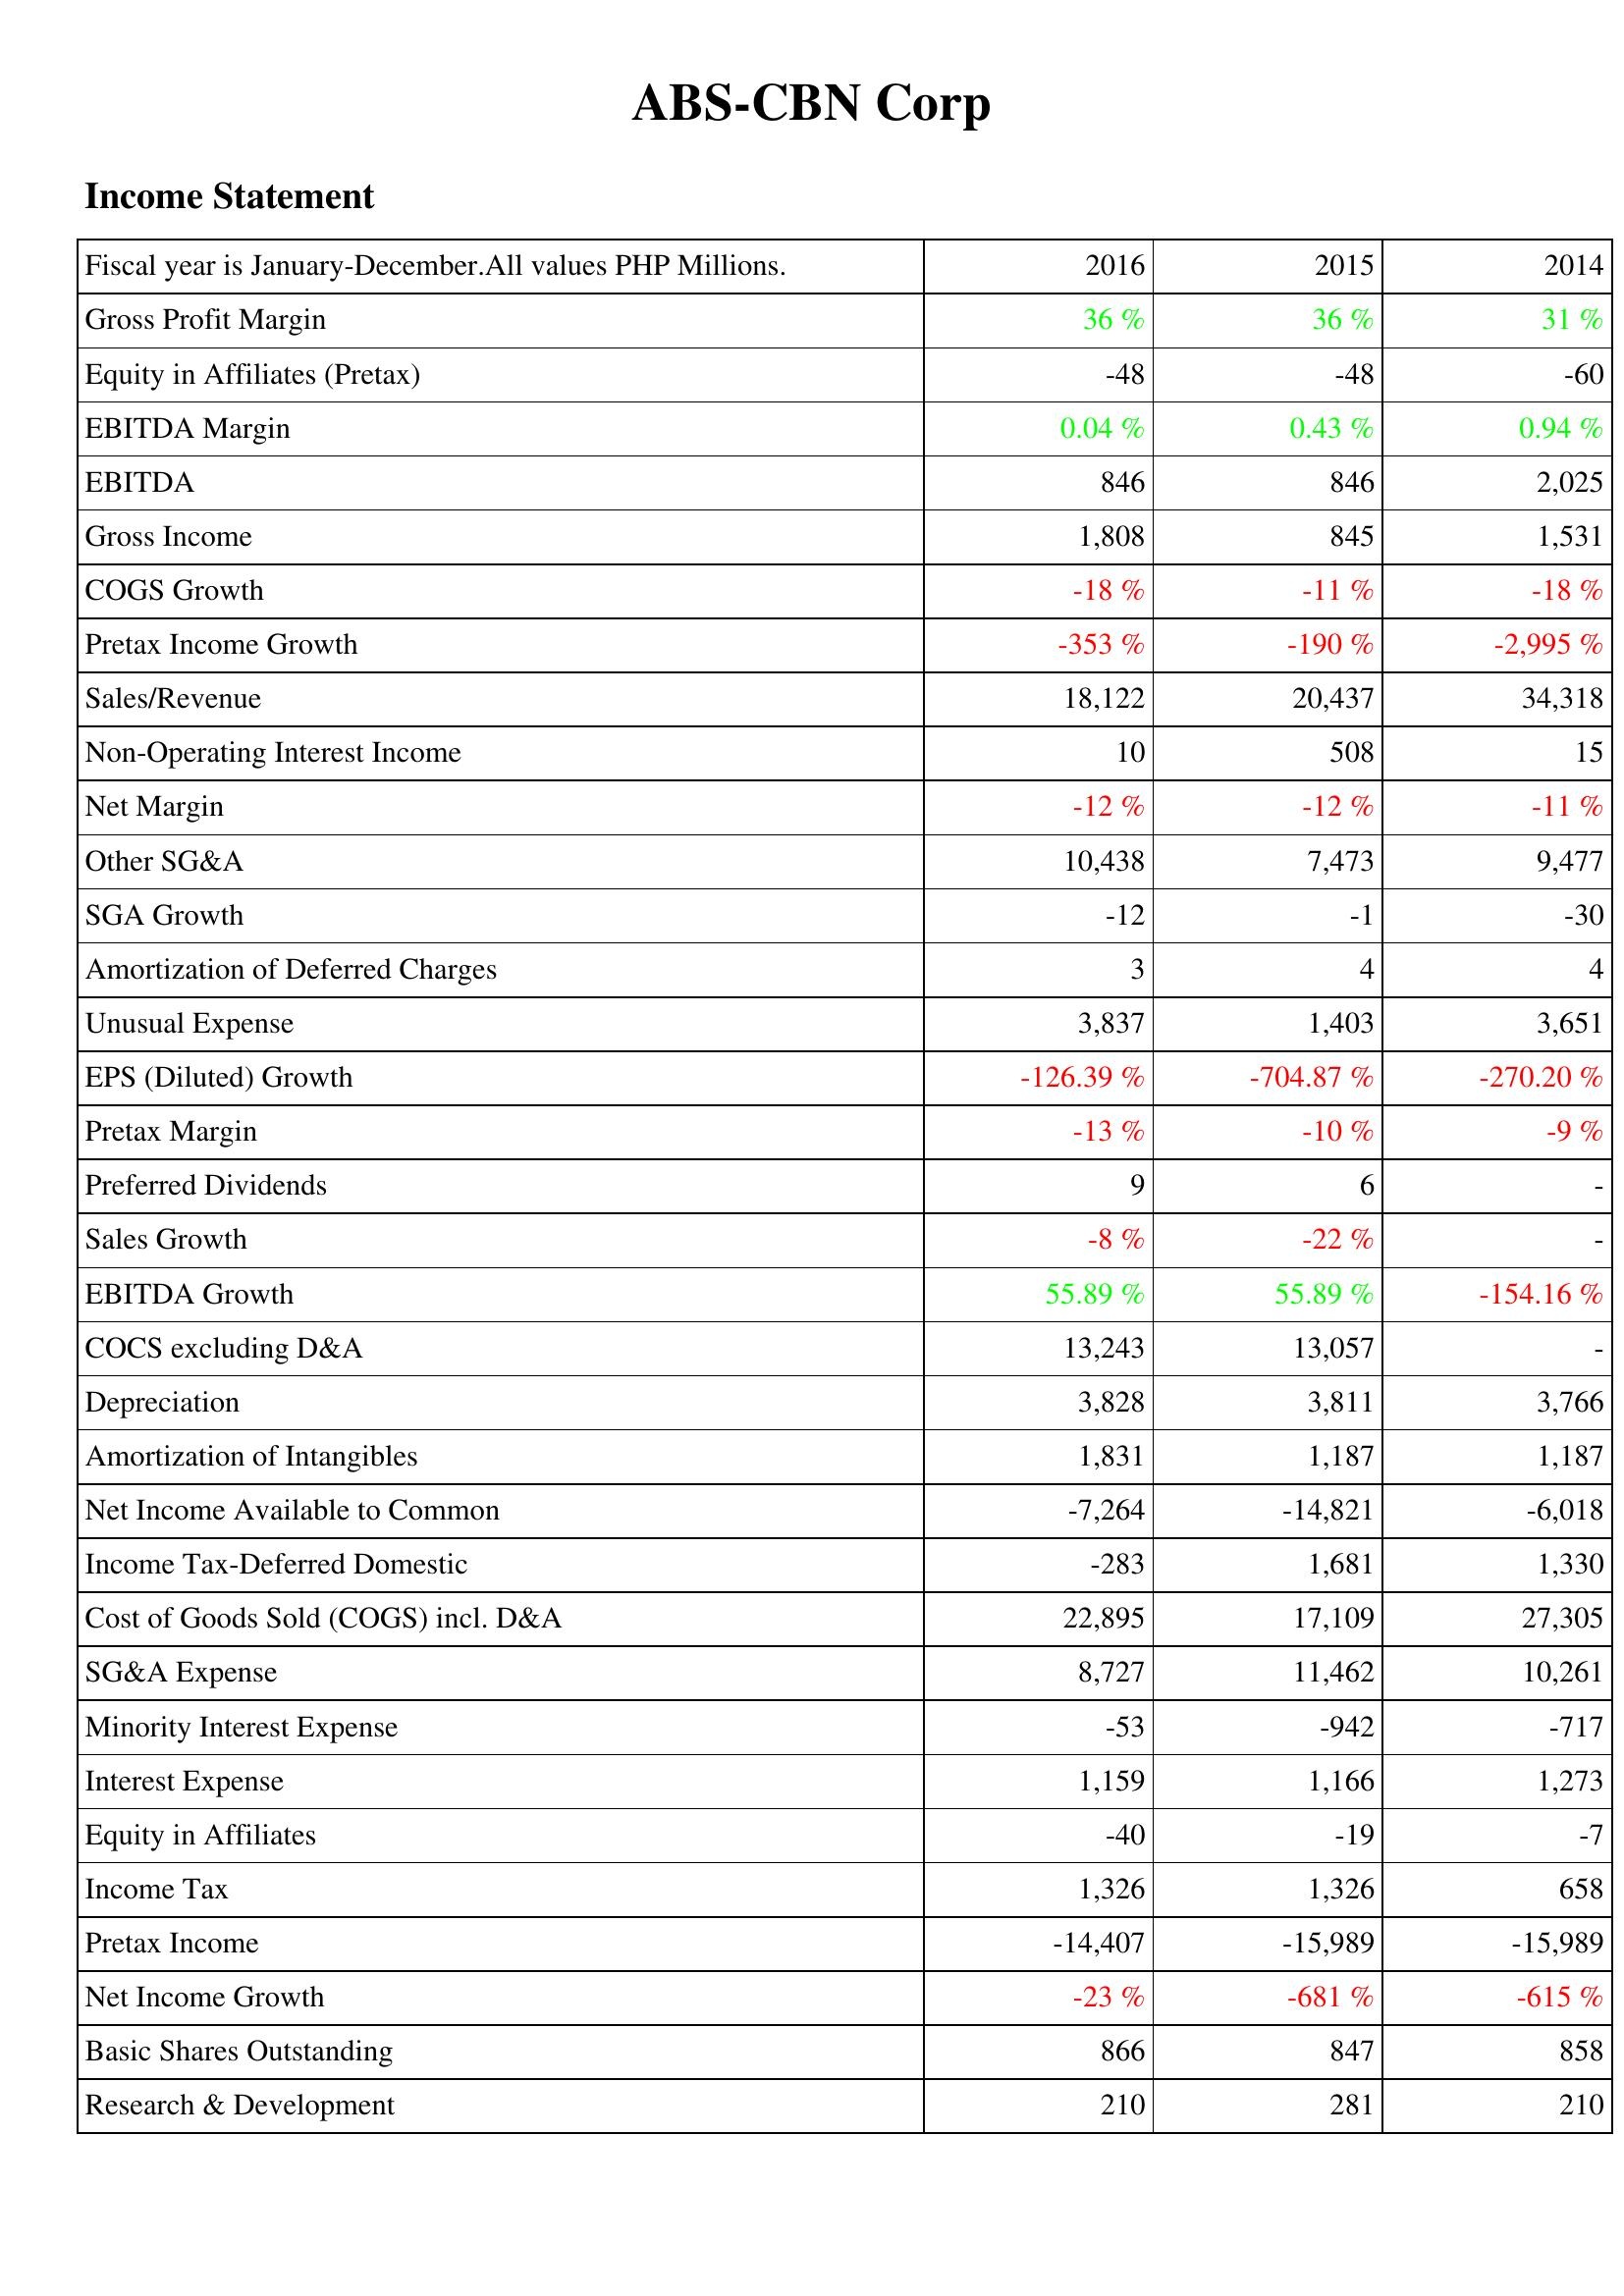
2016: Income Statement: Gross Profit Margin: 36 %
Equity in Affiliates (Pretax): -48
EBITDA Margin: 0.04 %
EBITDA: 846
Gross Income: 1,808
COGS Growth: -18 %
Pretax Income Growth: -353 %
Sales/Revenue: 18,122
Non-Operating Interest Income: 10
Net Margin: -12 %
Other SG&A: 10,438
SGA Growth: -12
Amortization of Deferred Charges: 3
Unusual Expense: 3,837
EPS (Diluted) Growth: -126.39 %
Pretax Margin: -13 %
Preferred Dividends: 9
Sales Growth: -8 %
EBITDA Growth: 55.89 %
COCS excluding D&A: 13,243
Depreciation: 3,828
Amortization of Intangibles: 1,831
Net Income Available to Common: -7,264
Income Tax-Deferred Domestic: -283
Cost of Goods Sold (COGS) incl. D&A: 22,895
SG&A Expense: 8,727
Minority Interest Expense: -53
Interest Expense: 1,159
Equity in Affiliates: -40
Income Tax: 1,326
Pretax Income: -14,407
Net Income Growth: -23 %
Basic Shares Outstanding: 866
Research & Development: 210
2015: Income Statement: Gross Profit Margin: 36 %
Equity in Affiliates (Pretax): -48
EBITDA Margin: 0.43 %
EBITDA: 846
Gross Income: 845
COGS Growth: -11 %
Pretax Income Growth: -190 %
Sales/Revenue: 20,437
Non-Operating Interest Income: 508
Net Margin: -12 %
Other SG&A: 7,473
SGA Growth: -1
Amortization of Deferred Charges: 4
Unusual Expense: 1,403
EPS (Diluted) Growth: -704.87 %
Pretax Margin: -10 %
Preferred Dividends: 6
Sales Growth: -22 %
EBITDA Growth: 55.89 %
COCS excluding D&A: 13,057
Depreciation: 3,811
Amortization of Intangibles: 1,187
Net Income Available to Common: -14,821
Income Tax-Deferred Domestic: 1,681
Cost of Goods Sold (COGS) incl. D&A: 17,109
SG&A Expense: 11,462
Minority Interest Expense: -942
Interest Expense: 1,166
Equity in Affiliates: -19
Income Tax: 1,326
Pretax Income: -15,989
Net Income Growth: -681 %
Basic Shares Outstanding: 847
Research & Development: 281
2014: Income Statement: Gross Profit Margin: 31 %
Equity in Affiliates (Pretax): -60
EBITDA Margin: 0.94 %
EBITDA: 2,025
Gross Income: 1,531
COGS Growth: -18 %
Pretax Income Growth: -2,995 %
Sales/Revenue: 34,318
Non-Operating Interest Income: 15
Net Margin: -11 %
Other SG&A: 9,477
SGA Growth: -30
Amortization of Deferred Charges: 4
Unusual Expense: 3,651
EPS (Diluted) Growth: -270.20 %
Pretax Margin: -9 %
Preferred Dividends: -
Sales Growth: -
EBITDA Growth: -154.16 %
COCS excluding D&A: -
Depreciation: 3,766
Amortization of Intangibles: 1,187
Net Income Available to Common: -6,018
Income Tax-Deferred Domestic: 1,330
Cost of Goods Sold (COGS) incl. D&A: 27,305
SG&A Expense: 10,261
Minority Interest Expense: -717
Interest Expense: 1,273
Equity in Affiliates: -7
Income Tax: 658
Pretax Income: -15,989
Net Income Growth: -615 %
Basic Shares Outstanding: 858
Research & Development: 210